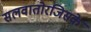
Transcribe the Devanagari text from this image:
सलवातोरजिसके